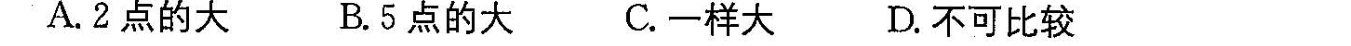
A. 2点的大 B. 5点的大 C. 一样大 D. 不可比较